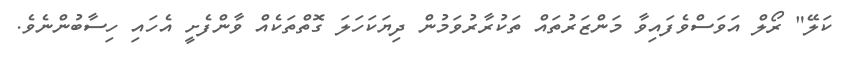
ކަލޭ" ރޯލް އަވަސްވެފައިވާ މަންޒަރުތައް ތަކުރާރުވަމުން ދިޔަކަހަލަ ގޮތްތަކެއް ވާންފެށީ އެހައި ހިސާބުންނެވެ.